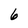
Character: 6